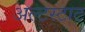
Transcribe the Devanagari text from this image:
अल्टस्टाट